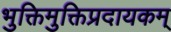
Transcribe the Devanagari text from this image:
भुक्तिमुक्तिप्रदायकम्